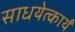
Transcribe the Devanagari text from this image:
साधयेत्कार्यं